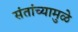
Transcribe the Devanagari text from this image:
संतांच्यामुळे